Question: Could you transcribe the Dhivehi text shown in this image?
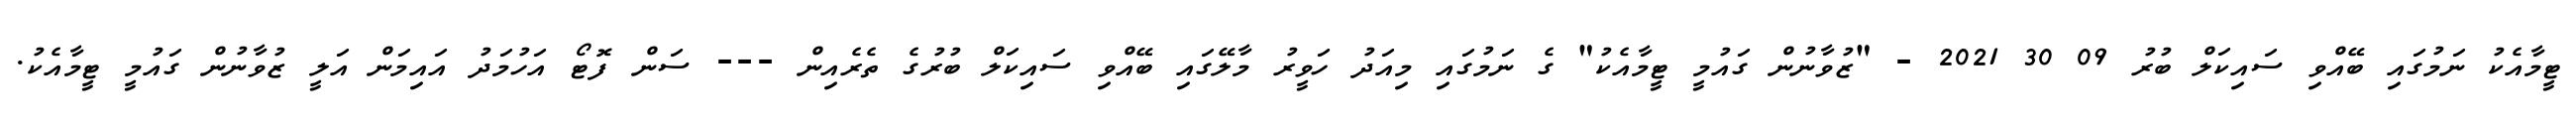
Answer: ޓީމާއެކު ނަމުގައި ބޭއްވި ސައިކަލް ބުރު 09 30 2021 - "ޒުވާނުން ގައުމީ ޓީމާއެކު" ގެ ނަމުގައި މިއަދު ހަވީރު މާލޭގައި ބޭއްވި ސައިކަލް ބުރުގެ ތެރެއިން --- ސަން ފޮޓޯ އަހުމަދު އައިމަން އަލީ ޒުވާނުން ގައުމީ ޓީމާއެކު.